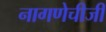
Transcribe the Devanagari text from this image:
नागणेचीजी